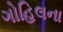
ગોહિલના